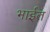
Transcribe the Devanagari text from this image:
भाईत